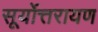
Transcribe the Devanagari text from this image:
सूर्योत्तरायण